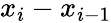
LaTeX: x_{i}-x_{i-1}